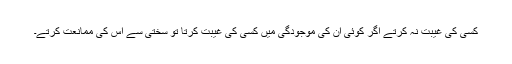
کسی کی غیبت نہ کرتے اگر کوئی ان کی موجودگی میں کسی کی غیبت کرتا تو سختی سے اس کی ممانعت کرتے۔